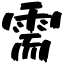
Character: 需